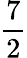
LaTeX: \frac{7}{2}